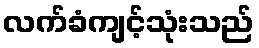
လက်ခံကျင့်သုံးသည်